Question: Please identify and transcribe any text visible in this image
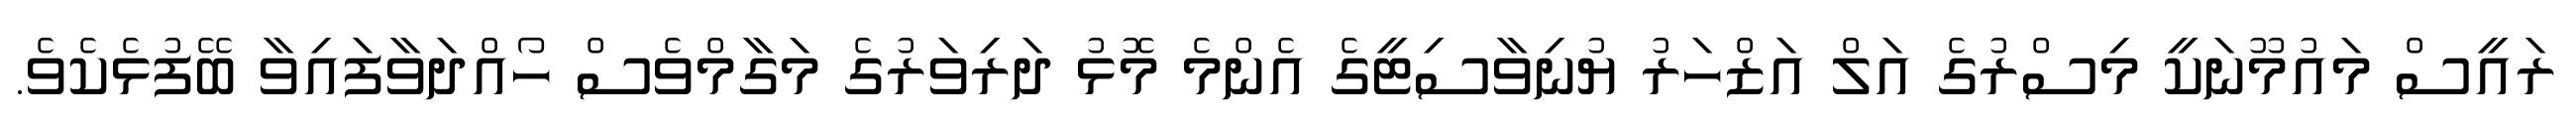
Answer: ރައީސް މައުމޫނަކީ މިސްރުގެ އަލް އަޒްހަރު ޔުނިވާސިޓީގެ އެންމެ މޮޅު ދަރިވަރުގެ މަގާމްވެސް ހޯއްދަވާފައިވާ ބޭފުޅެކެވެ.